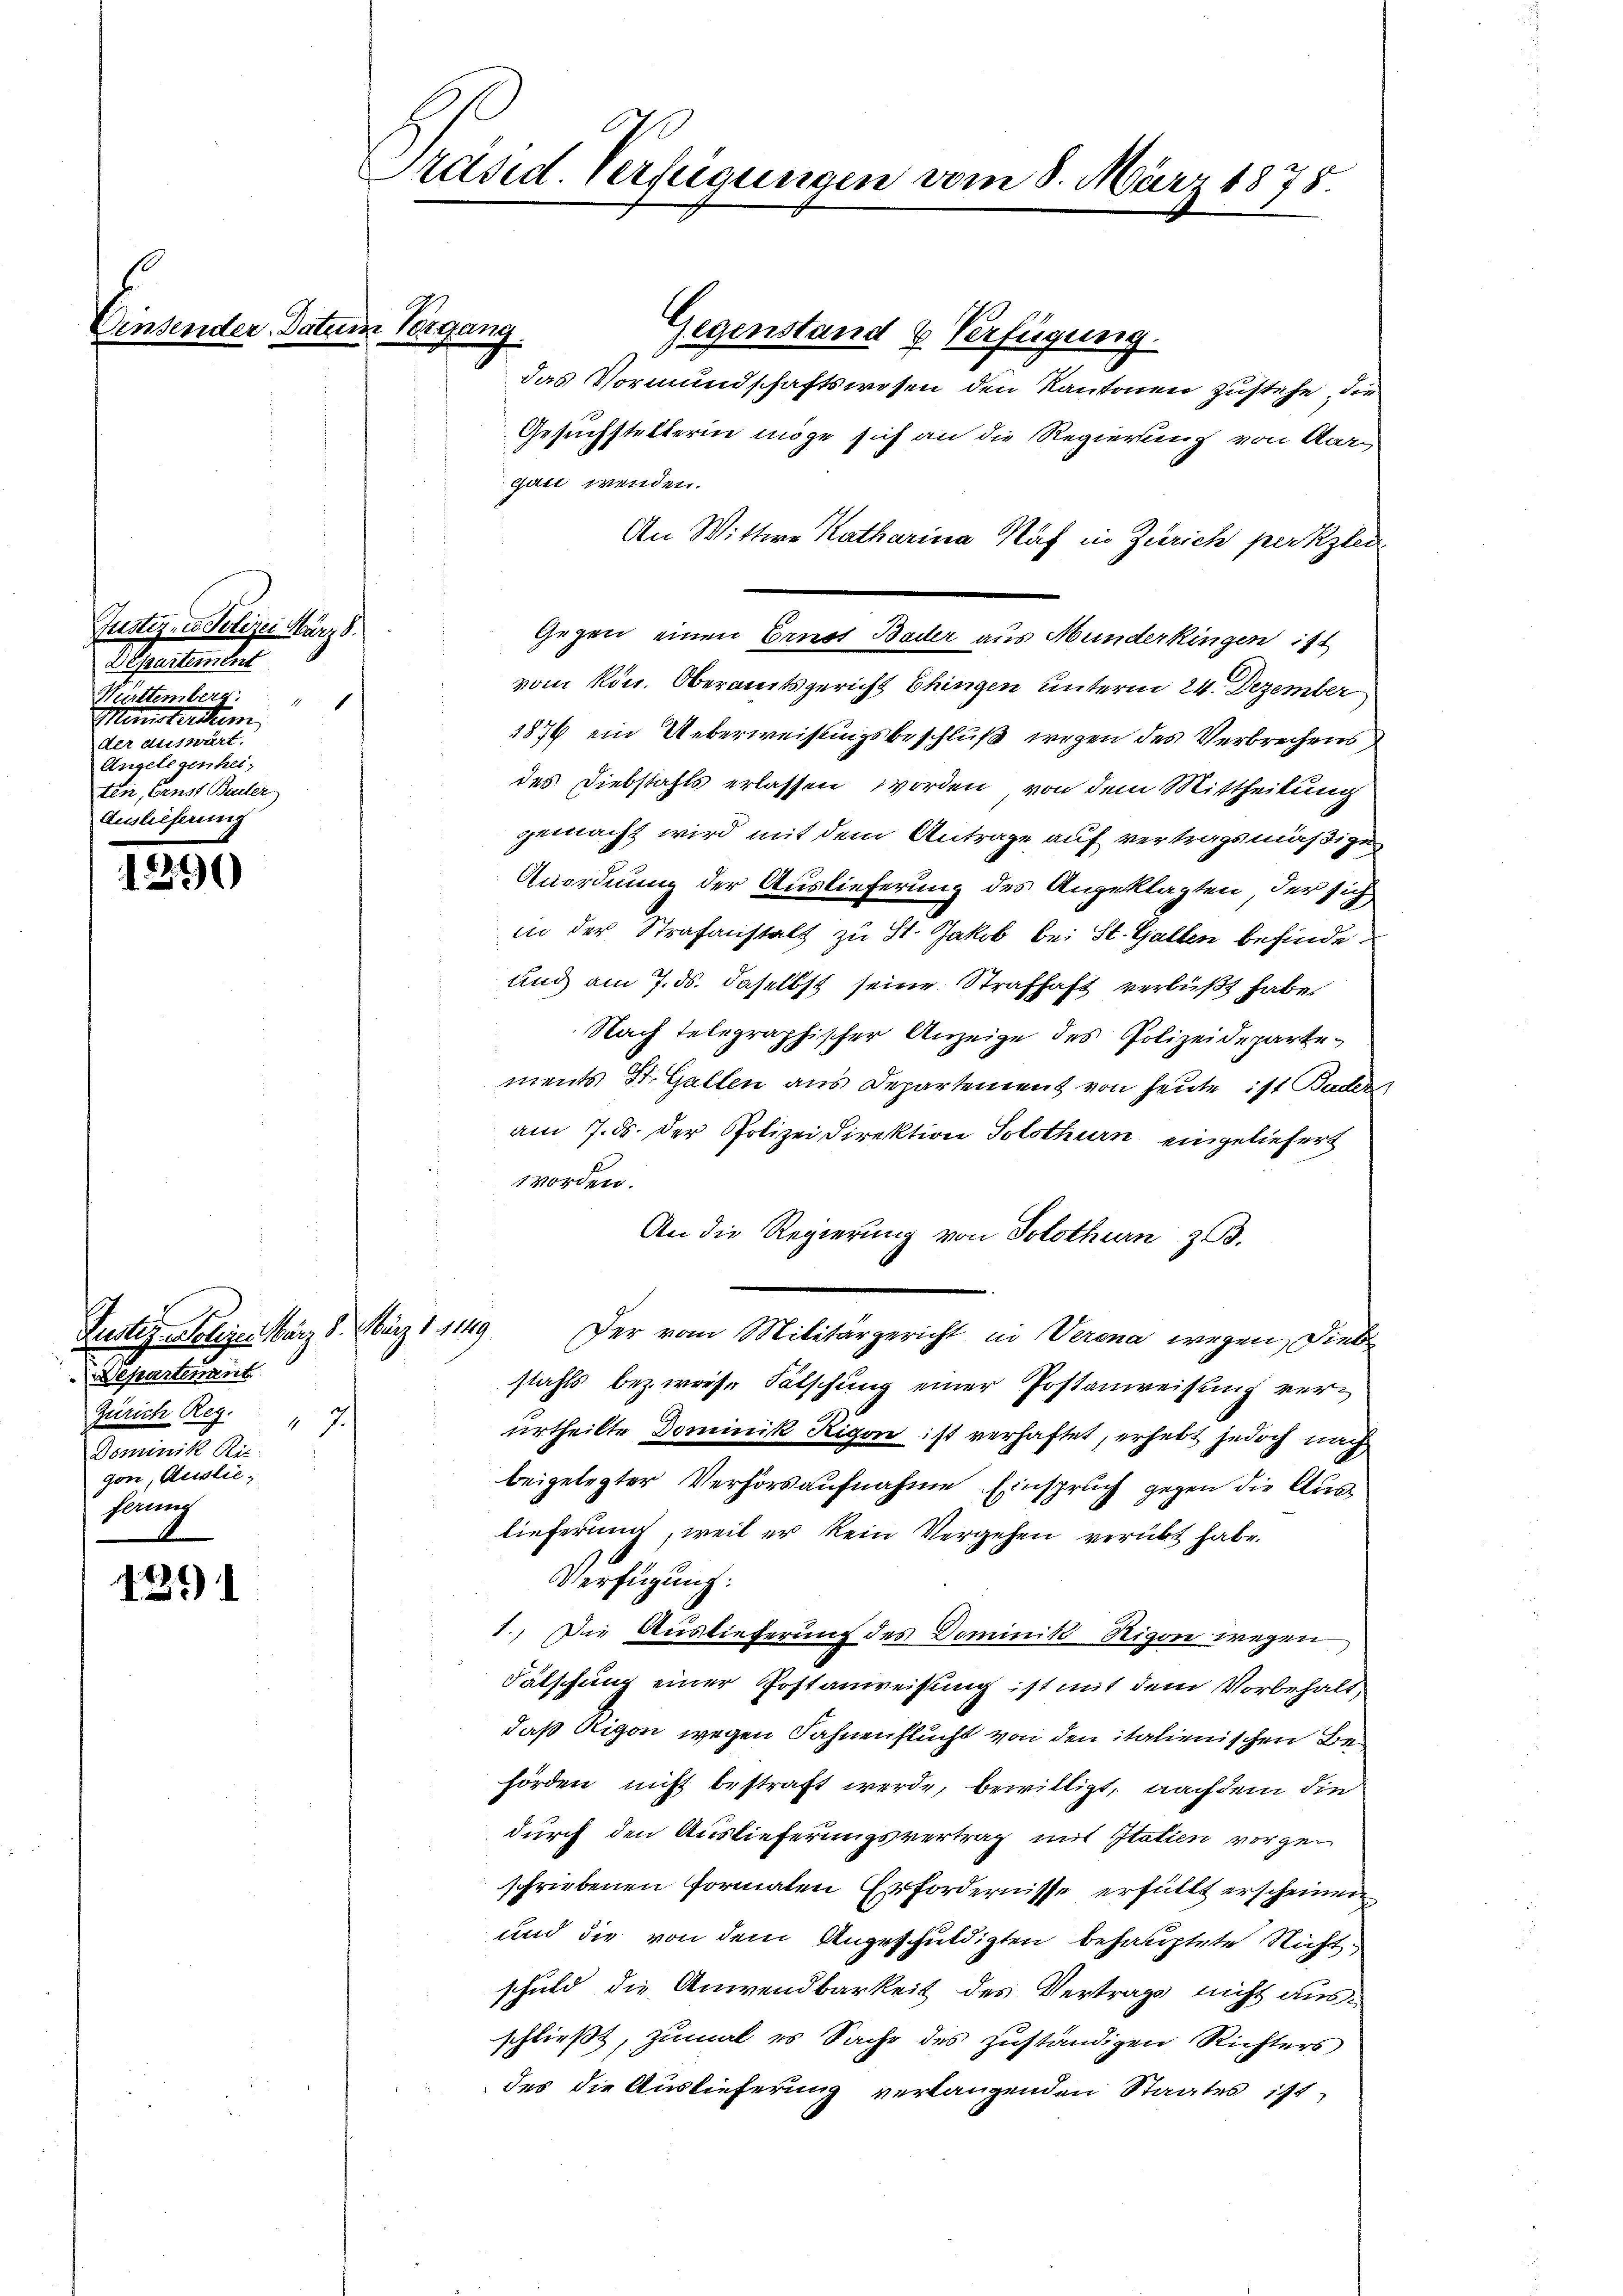
nett.

.
2

1291

Justiz - Polizei März 8.
Departement
Württemberg.
Münstersum
der Auswärt.
Angelegenheiten, Ernst Bader
Auslieferung

Justiz-Polizen März 8. März 1. 1149
Separtement
Zürich Reg. 17.
Dominik Rie
gon, Auslieferung

Präsid. Verfügungen vom 8. März 1878.

Vorgang

Gegenstand & Verfügung.
das Vormundschaftswesen den Kantonen zustehe, die
Gesuchstelterin möge sich an die Regierung von Aargast wenden.
An Wittwe Katharina Näf in Zürich per Klei
Gegen einen Ernst Bader aus Munderkingen ist
vom kön. Oberamtsgericht Chingen unterm 24. Dezember
1876 ein Ueberweisungsbeschluß wegen des Verbrechens
des Diebstahls erlassen worden, von dem Mittheilung
gemacht wird mit dem Antrage auf vertragsmäßige
Anordnung der Auslieferung des Angeklagten, der sich
in der Strafanstalt zu St. Jakob bei St. Gallen befinde.
und am 7. ds. daselbst seine Strafhaft verbüßt habe,
Nach telegraphischer Anzeige des Polizeidepartements St. Gallen aus Departement von heute ist Baden
am 7. ds. der Polizei Direktion Solothurn eingeliefert
worden.
An die Regierung von Solothurn z.
Der vom Militärgericht in Verona wegen Diebe
stahls bezweise Fälschung einer Postanweisung verurtheilte Dominik Rigon ist verhaftet, erhebt jedoch nach
beigelegter Verhörsaufnahme Einspruch gegen die Auslieferung, weil er kein Vergehen verübt habe.
Verfügung.
1. Die Auslieferung des Dominik Rigore wegen
Fälschung einer Postanweisung ist mit dem Vorbehalt,
daß Rigon wegen Fahnenflucht von den italienischen Behörden nicht bestraft werde, bewilligt, nachdem die
durch den Auslieferungsvertrag mit Statien vorgeschriebenen Formaten Erfordernisse erfüllt erscheinen
und die von dem Angeschuldigten behauptete Richtschuld die Anwendbarkeit des Vertrage nicht ausschließt, zumal es Sache des zuständigen Richters
des die Auslieferung verlangenden Staates ist,